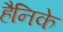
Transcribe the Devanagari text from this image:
हैनिके